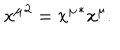
{ x ^ { \mu } } ^ { 2 } = { x ^ { \mu } } ^ { * } x ^ { \mu } .